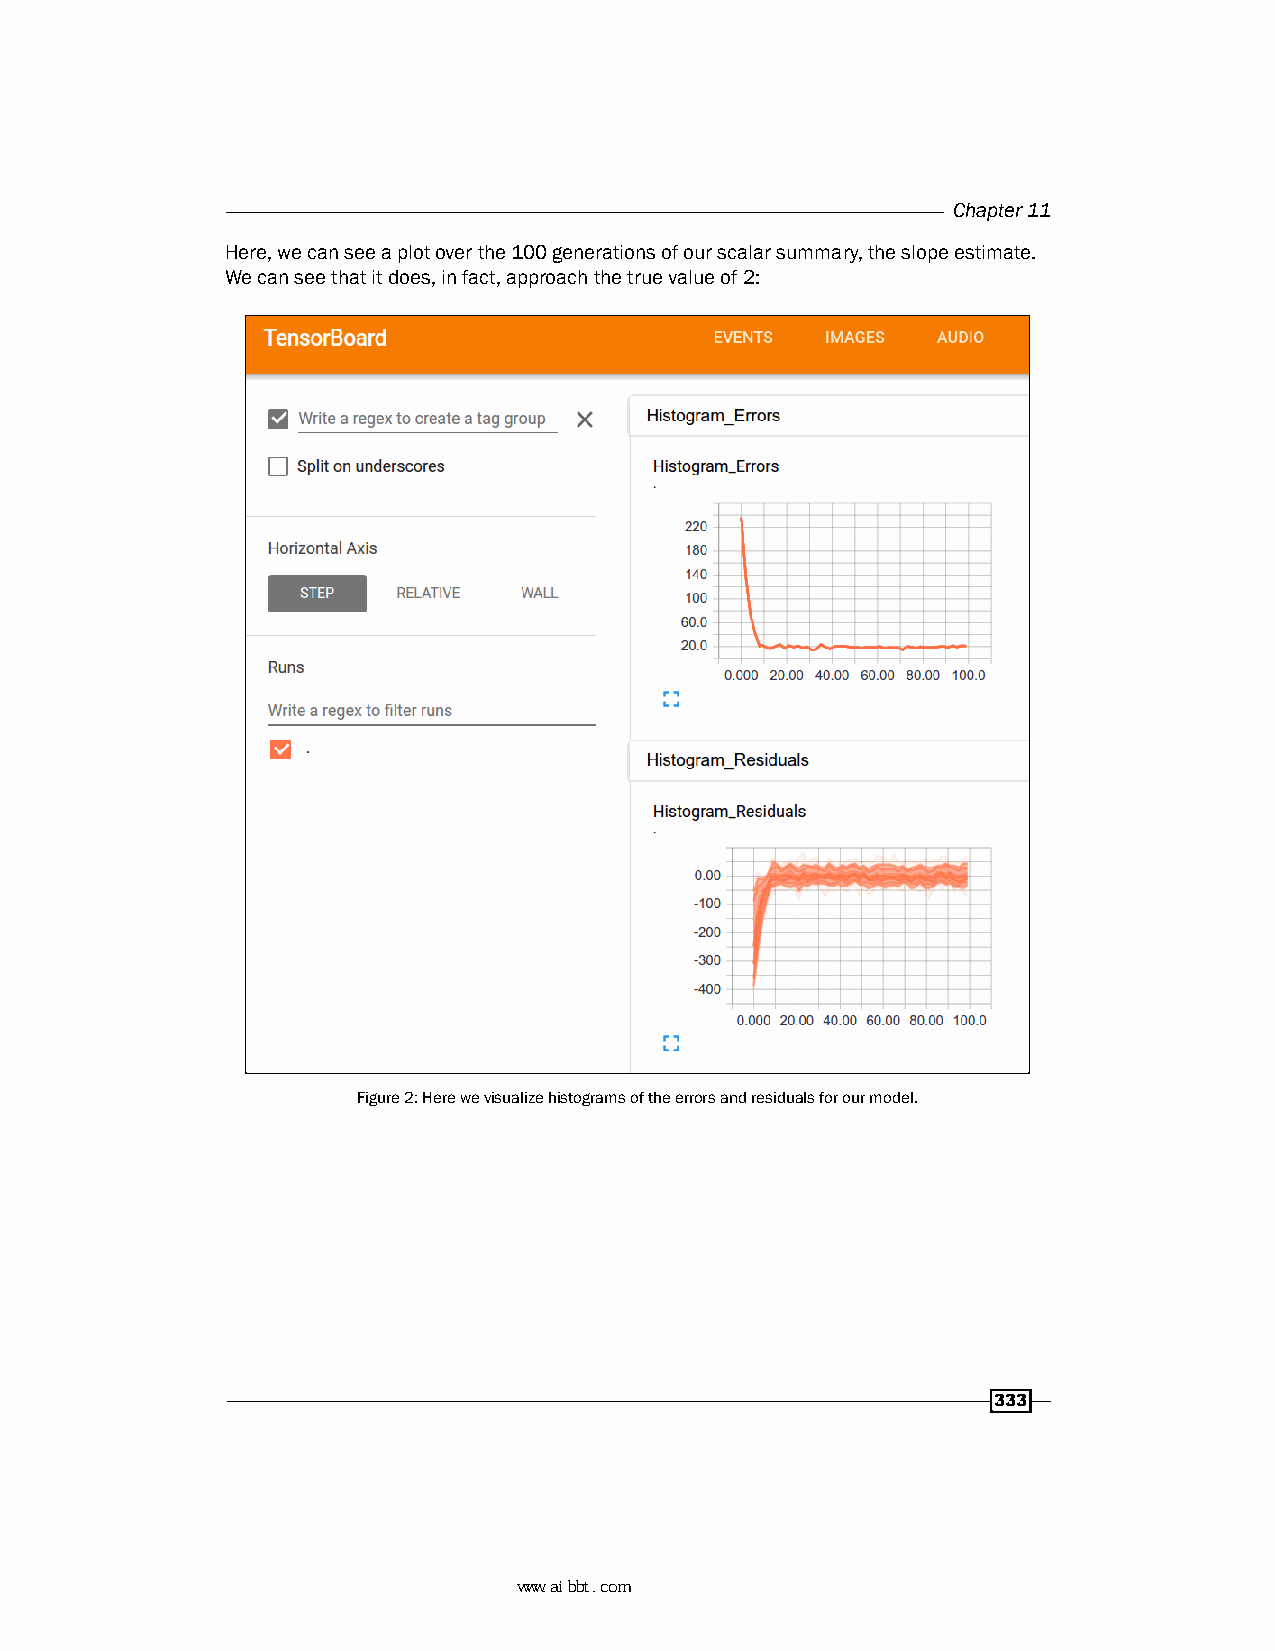
Chapter 11
 Here, we can see a plot over the 100 generations of our scalar summary, the slope estimate.
 We can see that it does, in fact, approach the true value of 2:
 Figure 2: Here we visualize histograms of the errors and residuals for our model.
 333
 www.aibbt.com 让未来触手可及